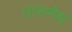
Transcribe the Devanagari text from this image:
तारामेध